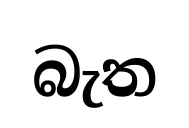
බැත